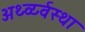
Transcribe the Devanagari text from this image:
अर्थ्व्य्वस्था